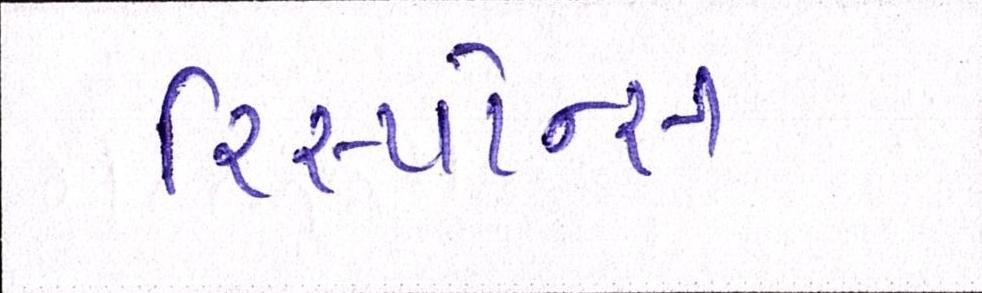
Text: રિસ્પોન્સ